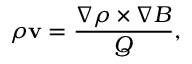
\rho { \bf v } = \frac { \nabla \rho \times \nabla B } { Q } ,